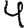
Digit: 4